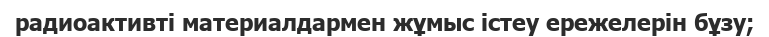
радиоактивті материалдармен жұмыс істеу ережелерін бұзу;